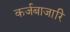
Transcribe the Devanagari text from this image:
कर्जबाजारि